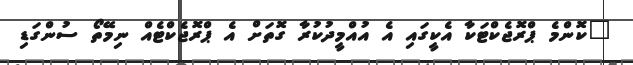
"ކޮންމެ ޕްރޮޖެކްޓަކާ އެކީގައި އެ އުއްމީދުކުރާ ގޮތަށް އެ ޕްރޮޖެކްޓެއް ނިމޭތޯ ސުންގަޑި